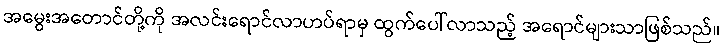
အမွေးအတောင်တို့ကို အလင်းရောင်လာဟပ်ရာမှ ထွက်ပေါ်လာသည့် အရောင်များသာဖြစ်သည်။